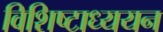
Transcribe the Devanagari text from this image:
विशिष्टाध्ययन